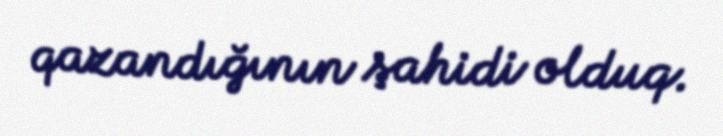
qazandığının şahidi olduq.